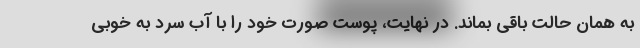
به همان حالت باقی بماند. در نهایت، پوست صورت خود را با آب سرد به خوبی